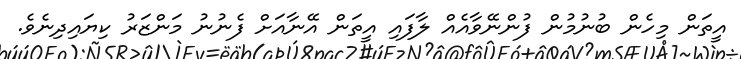
އީތަން މިހެން ބުނުމުން ފުންނޭވާއެއް ލާފައި އީތަން އޭނާއަށް ފެނުނު މަންޒަރު ކިޔައިދިނެވެ.